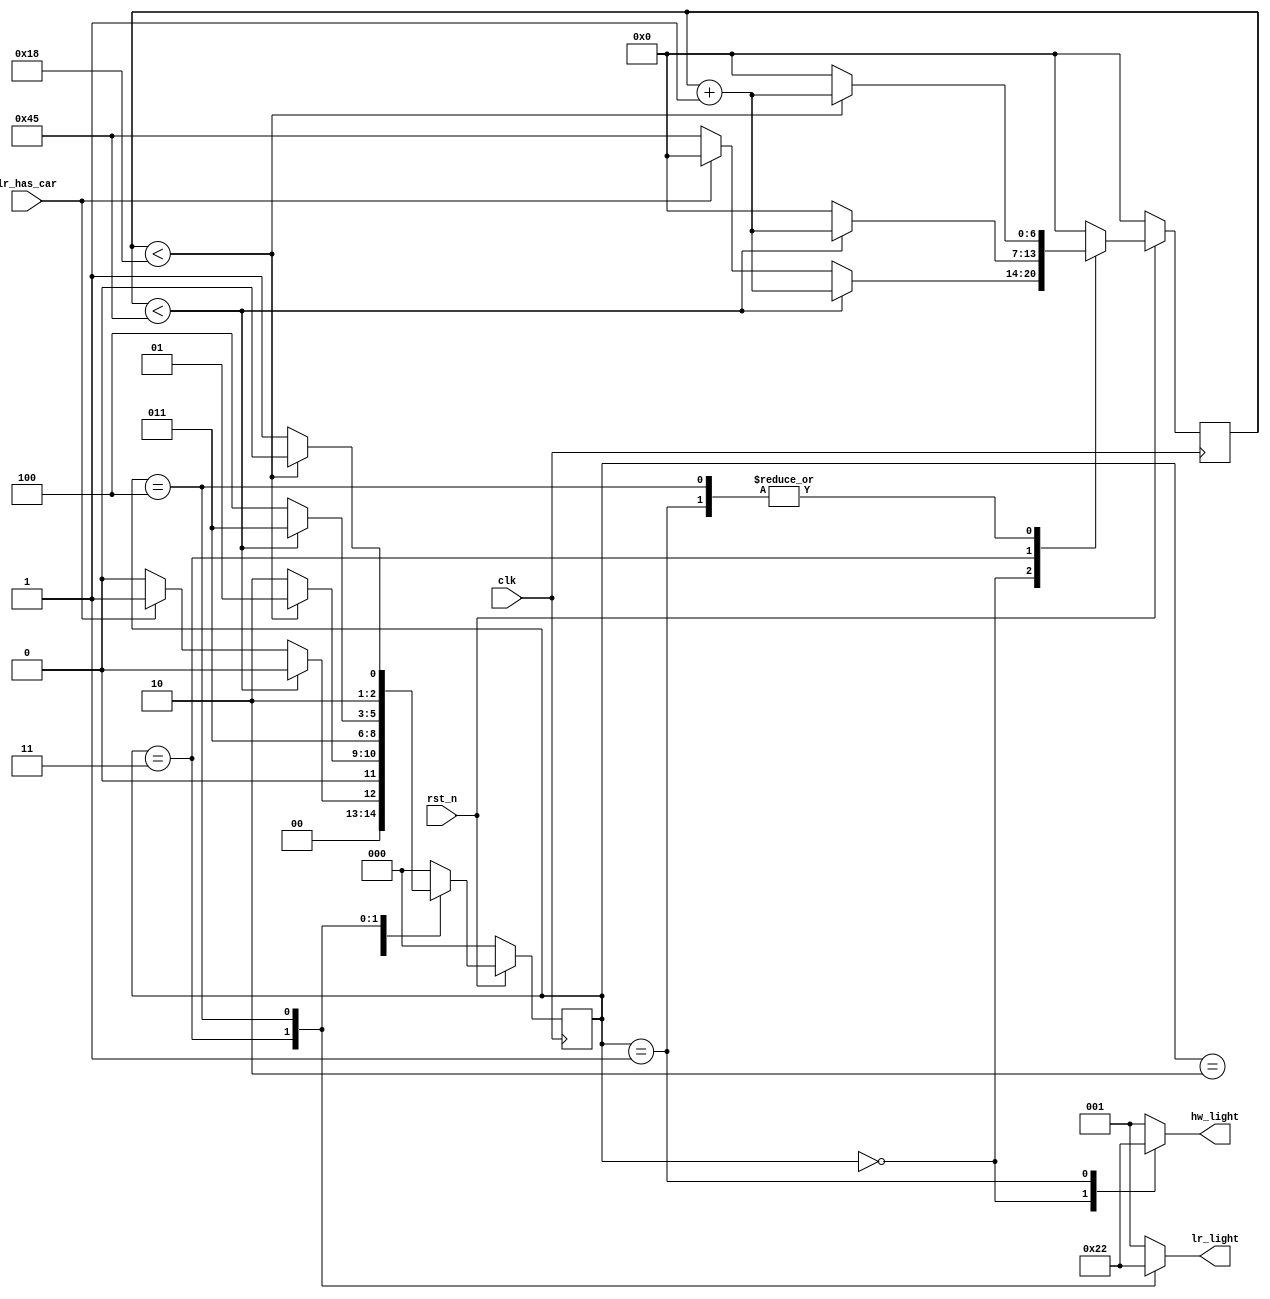
`timescale 1ns/1ps

module Traffic_Light_Controller (clk, rst_n, lr_has_car, hw_light, lr_light);
    input clk, rst_n;
    input lr_has_car;
    output [2:0] hw_light;
    output [2:0] lr_light;
    reg [2:0] hw_light, lr_light;
    parameter S0 = 3'd0, S1 = 3'd1, S2 = 3'd2, S3 = 3'd3, S4 = 3'd4, S5 = 3'd5;
    reg [2:0] current_state, next_state;
    reg [6:0] counter, next_counter;
    always @(posedge clk) begin
        if(!rst_n)begin
            current_state <= S0;
            counter <= 7'd0;
        end
        else begin
            current_state <= next_state;
            counter <= next_counter;
        end
    end

    always @(*) begin
        case(current_state) 
        S0: begin
            if(counter<69) begin
                next_state = S0;
                next_counter = counter + 1;
            end
            else begin
                if(lr_has_car)begin
                    next_state = S1;
                    next_counter = 7'd0;
                end
                else begin
                    next_state = S0;
                    next_counter = 7'd69;
                end
            end
        end
        S1: begin
            if(counter<24) begin
                next_state = S1;
                next_counter = counter + 1;
            end
            else begin
                next_state = S2;
                next_counter = 7'd0;
            end
        end
        S2: begin
            next_state = S3;
            next_counter = 7'd0;
        end
        S3: begin
            if(counter<69)begin
                next_state = S3;
                next_counter = counter + 1;
            end
            else begin
                next_state = S4;
                next_counter = 7'd0;
            end
        end
        S4: begin
            if(counter<24)begin
                next_state = S4;
                next_counter = counter + 1;
            end
            else begin
                next_state = S5;
                next_counter = 7'd0;
            end
        end
        S5: begin
            next_state = S0;
            next_counter = 7'd0;
        end
        default: begin
            next_state = S0;
            next_counter = 7'd0;
        end
        endcase
    end

    always @(current_state) begin
        case (current_state)
        S0: begin
            hw_light = 3'b100;
            lr_light = 3'b001;
        end
        S1: begin
            hw_light = 3'b010;
            lr_light = 3'b001;
        end
        S2: begin
            hw_light = 3'b001;
            lr_light = 3'b001;
        end
        S3: begin
            hw_light = 3'b001;
            lr_light = 3'b100;
        end
        S4: begin
            hw_light = 3'b001;
            lr_light = 3'b010;
        end
        S5: begin
            hw_light = 3'b001;
            lr_light = 3'b001;
        end
        default: begin
            hw_light = 3'b001;
            lr_light = 3'b001;
        end
        endcase
    end
endmodule